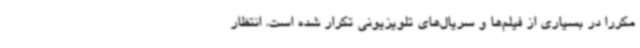
مکررا در بسیاری از فیلم‌ها و سریال‌های تلویزیونی تکرار شده است. انتظار